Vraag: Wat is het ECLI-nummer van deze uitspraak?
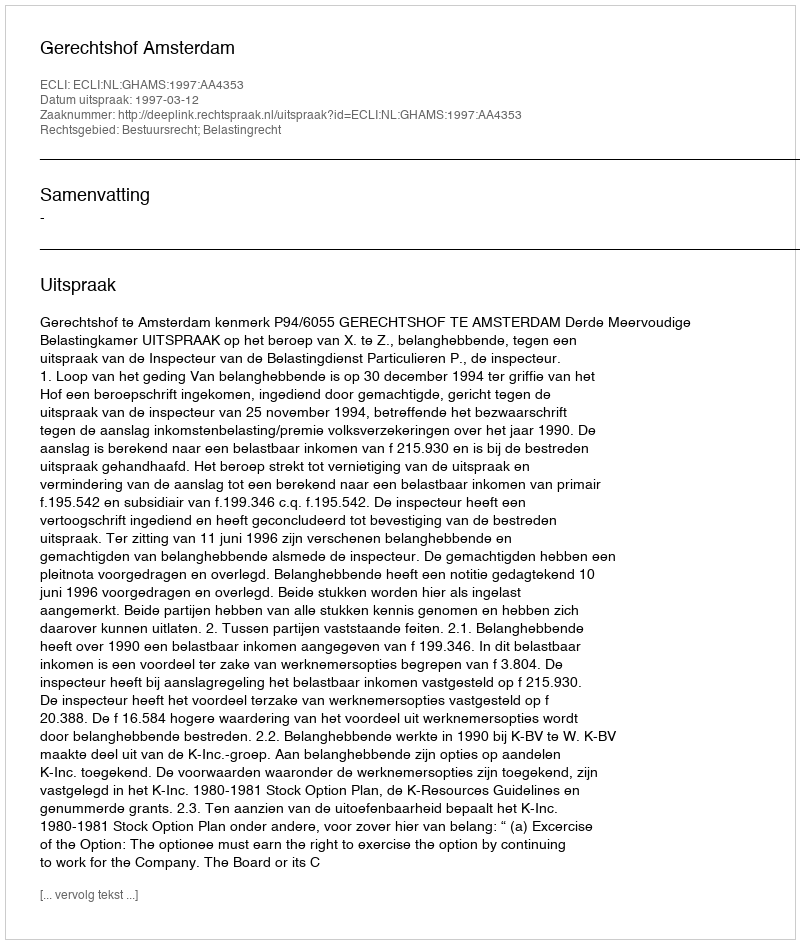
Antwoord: ECLI:NL:GHAMS:1997:AA4353